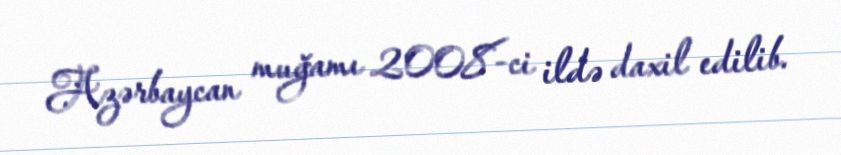
Azərbaycan muğamı 2008-ci ildə daxil edilib.